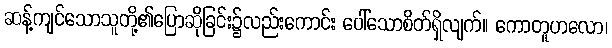
ဆန့်ကျင်သောသူတို့၏ပြောဆိုခြင်း၌လည်းကောင်း ပေါ်သောစိတ်ရှိလျက်။ ကောတူဟလော၊